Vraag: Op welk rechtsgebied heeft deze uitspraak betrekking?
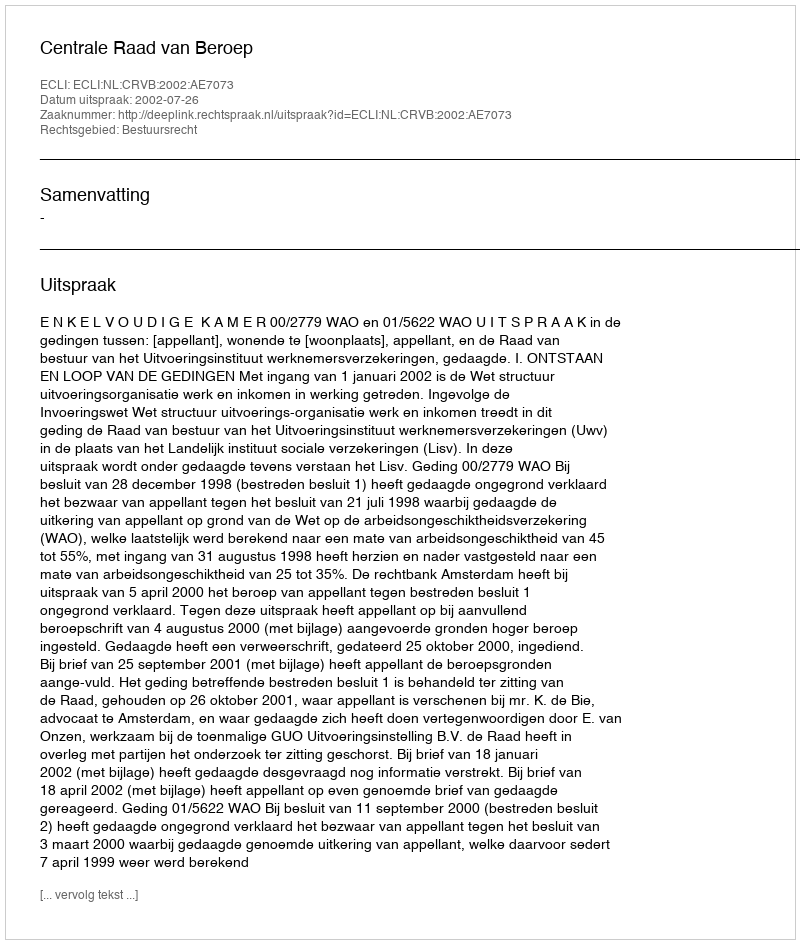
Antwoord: Bestuursrecht